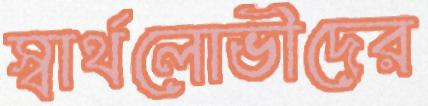
স্বার্থলোভীদের